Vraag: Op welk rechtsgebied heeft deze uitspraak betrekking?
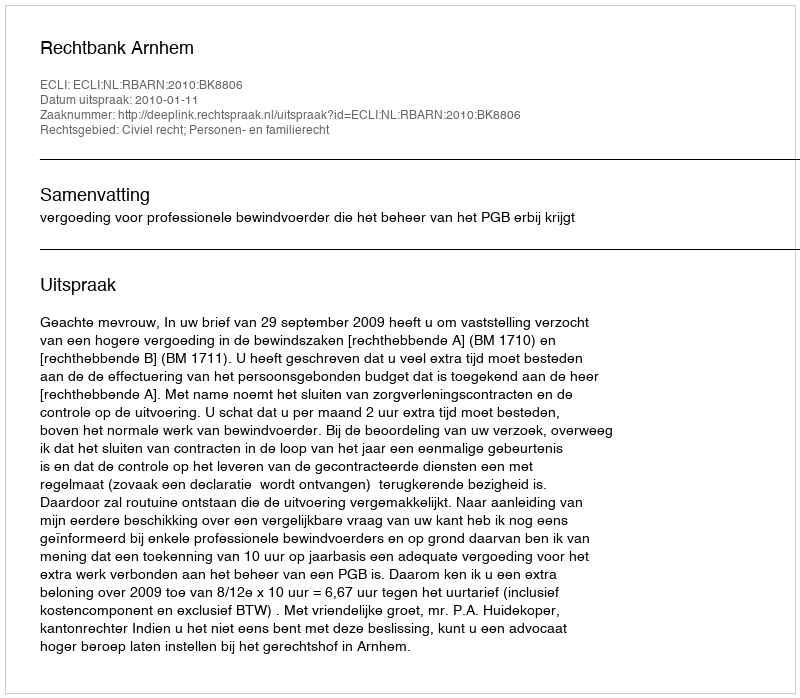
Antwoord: Civiel recht; Personen- en familierecht